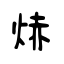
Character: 焃